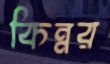
কিন্নর